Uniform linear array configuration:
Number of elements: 8
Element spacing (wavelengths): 0.25
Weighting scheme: kaiser
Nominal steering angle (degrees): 0
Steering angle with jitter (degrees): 0.9009
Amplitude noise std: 0.05
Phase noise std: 0.05

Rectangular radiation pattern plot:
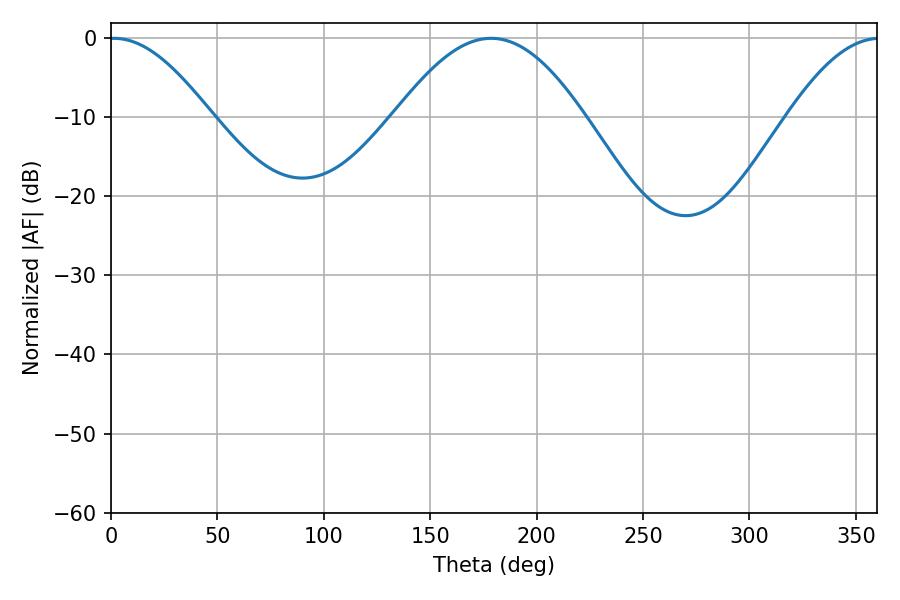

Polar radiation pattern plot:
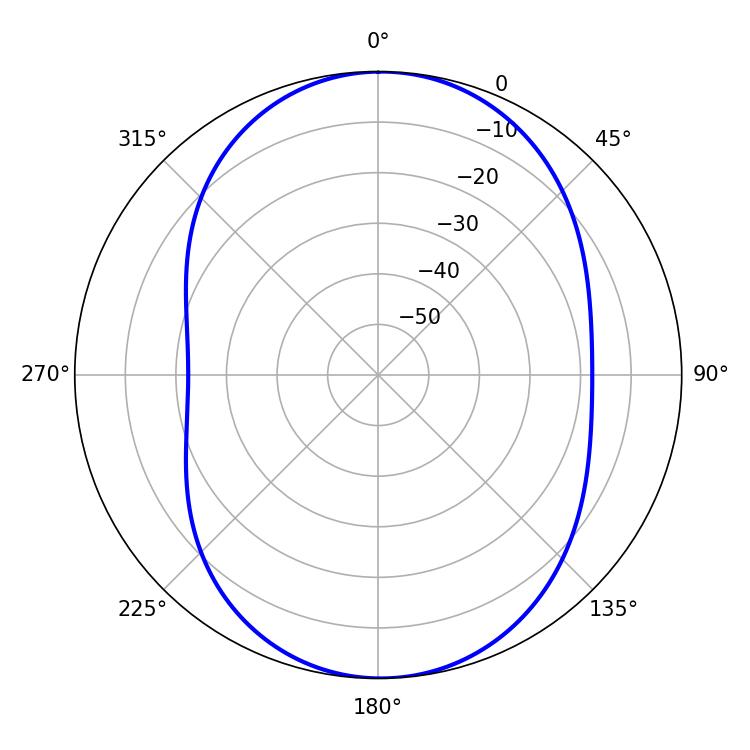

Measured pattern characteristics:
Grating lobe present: FALSE
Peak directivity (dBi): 14.343
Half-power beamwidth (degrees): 25.74
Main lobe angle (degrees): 1.44